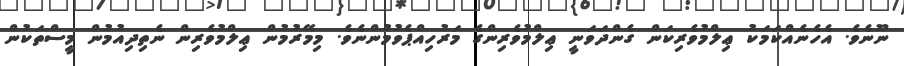
ނޫނެވެ. އެހެނެއްކަމަކު ޢިލްމުވެރިކަން ގެންދަވަނީ ޢިލްމުވެރިންގެ މަރުހިއްޕެވުމުންނެވެ. މިމޭރުމުން ޢިލްމުވެރިން ނެތިދިއުމުން މީސްތަކުން